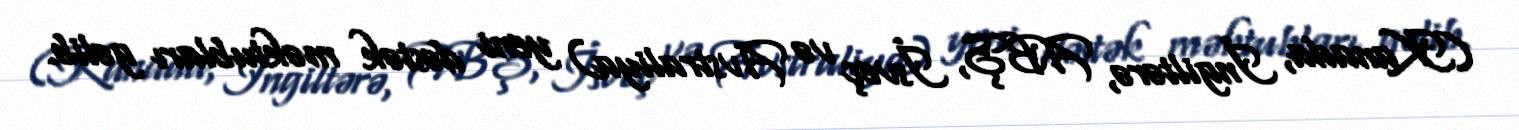
(Kanada, İngiltərə, ABŞ, İsveç və Avstraliya) yeni dəstək məktubları gəlib.